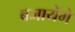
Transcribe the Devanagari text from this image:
बजायेंगे